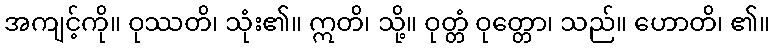
အကျင့်ကို။ ဝုဿတိ၊ သုံး၏။ ဣတိ၊ သို့။ ဝုတ္တံ ဝုတ္တော၊ သည်။ ဟောတိ၊ ၏။